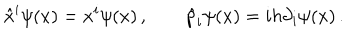
\hat { x } ^ { i } \psi ( x ) = x ^ { i } \psi ( x ) \, , \qquad \hat { p } _ { i } \psi ( x ) = i h \partial _ { i } \psi ( x ) \, .